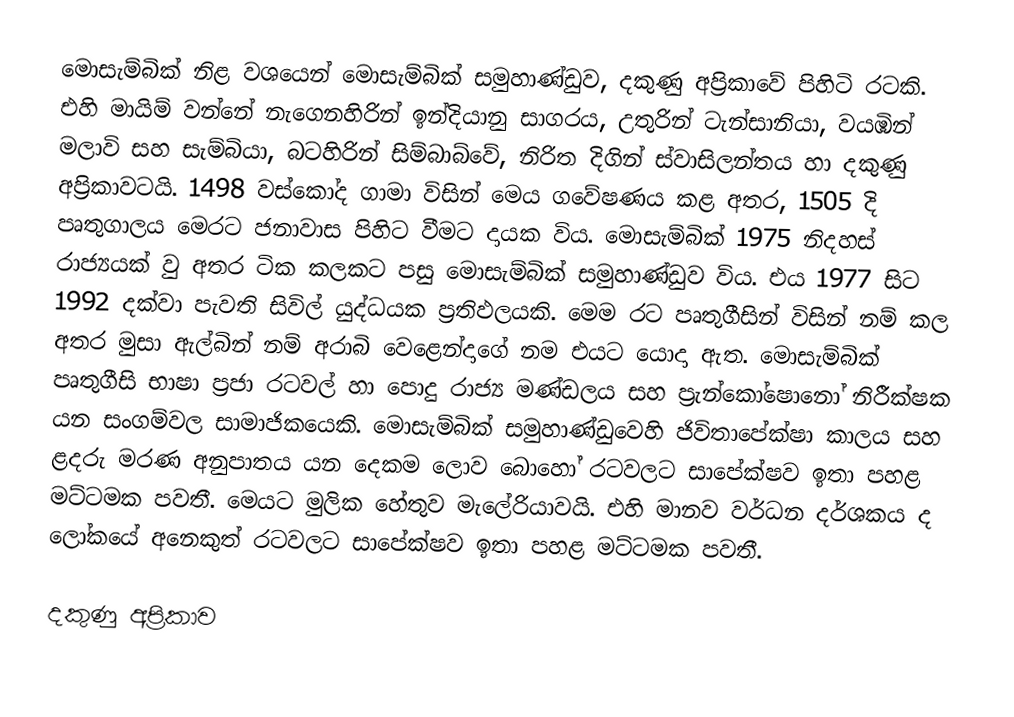
මොසැම්බික් නිළ වශයෙන් මොසැම්බික් සමුහාණ්ඩුව, දකුණු අප්‍රිකාවේ පිහිටි රටකි. එහි මායිම් වන්නේ නැගෙනහිරින් ඉන්දියානු සාගරය, උතුරින් ටැන්සානියා, වයඹින් මලාවි සහ සැම්බියා, බටහිරින් සිම්බාබ්වේ, නිරිත දිගින් ස්වාසිලන්තය හා දකුණු අප්‍රිකාවටයි. 1498 වස්කෝද ගාමා විසින් මෙය ගවේෂණය කළ අතර, 1505 දි පෘතුගාලය මෙරට ජනාවාස පිහිට වීමට දායක විය. මොසැම්බික් 1975 නිදහස් රාජ්‍යයක් වු අතර ටික කලකට පසු මොසැම්බික් සමුහාණ්ඩුව විය. එය 1977 සිට 1992 දක්වා පැවති සිවිල් යුද්ධයක ප්‍රතිඵලයකි. මෙම රට පෘතුගීසින් විසින් නම් කල අතර මුසා ඇල්බින් නම් අරාබි වෙළෙන්දාගේ නම එයට යොදා ඇත. මොසැම්බික් පෘතුගීසි භාෂා ප්‍රජා රටවල් හා පොදු රාජ්‍ය මණ්ඩලය සහ ප්‍රැන්කෝෂොනෝ නිරීක්ෂක යන සංගම්වල සාමාජිකයෙකි. මොසැම්බික් සමුහාණ්ඩුවෙහි ජිවිතා‍පේක්ෂා කාලය සහ ළදරු මරණ අනුපාතය යන දෙකම ලොව බොහෝ රටවලට සාපේක්ෂව ඉතා පහළ මට්ටමක පවතී. මෙයට මුලික හේතුව මැලේරියාවයි. එහි මානව වර්ධන දර්ශකය ද ලෝකයේ අනෙකුත් රටවලට සාපේක්ෂව ඉතා පහළ මට්ටමක පවතී.

දකුණු අප්‍රිකාව